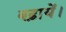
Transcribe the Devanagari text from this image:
बढ़ायें।